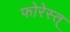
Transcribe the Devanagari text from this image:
फोरेस्त्